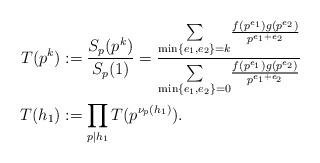
LaTeX: \begin{align*} T(p^k)&:=\frac{S_p(p^k)}{S_p(1)}=\frac{\underset{\min \{e_1,e_2\}=k}{\sum}\frac{f(p^{e_1})g(p^{e_2})}{p^{e_1+e_2}}}{\underset{\min \{e_1,e_2\}=0}{\sum}\frac{f(p^{e_1})g(p^{e_2})}{p^{e_1+e_2}}}\\T(h_1)&:=\prod_{p\mid h_1}T(p^{\nu_p(h_1)}). \end{align*}